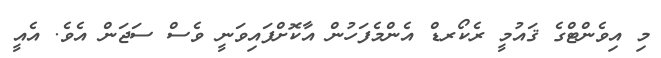
މި އިވެންޓްގެ ޤައުމީ ރެކޯރޑް އެންމެފަހުން އާކޮށްފައިވަނީ ވެސް ސަޖަން އެވެ. އެއީ